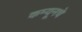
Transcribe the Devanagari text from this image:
कम्यूनचे